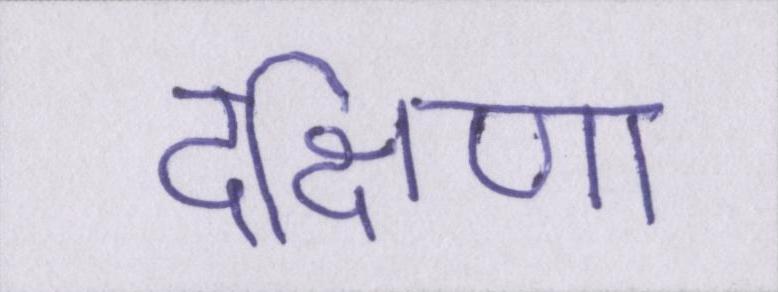
दक्षिणा